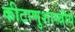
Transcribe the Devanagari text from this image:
कीटाणुशास्त्रीय